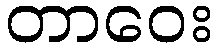
တာဝေး